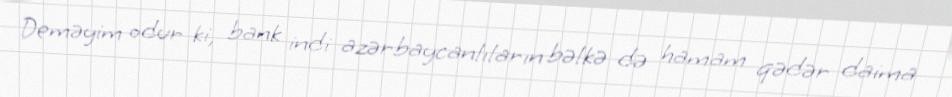
Deməyim odur ki, bank indi azərbaycanlıların bəlkə də hamam qədər daima